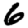
Digit: 6